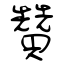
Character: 贊